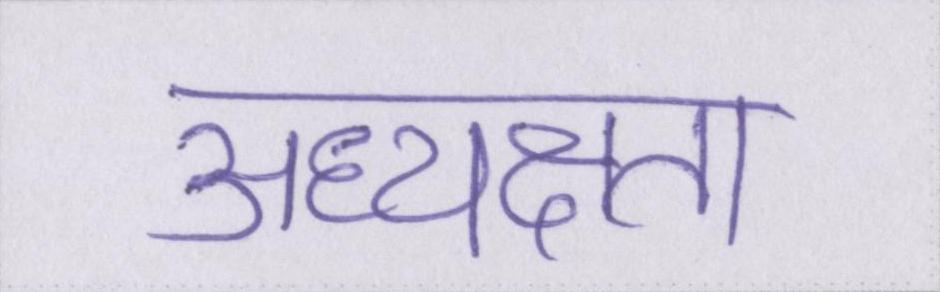
अध्यक्षता